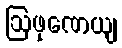
ဩဖုဏေယျ